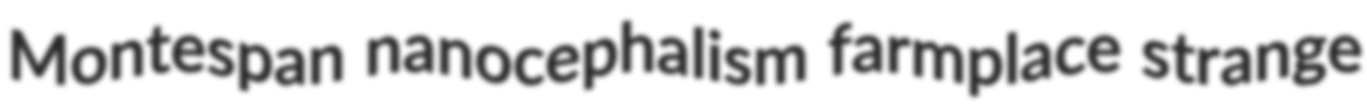
Montespan nanocephalism farmplace strange